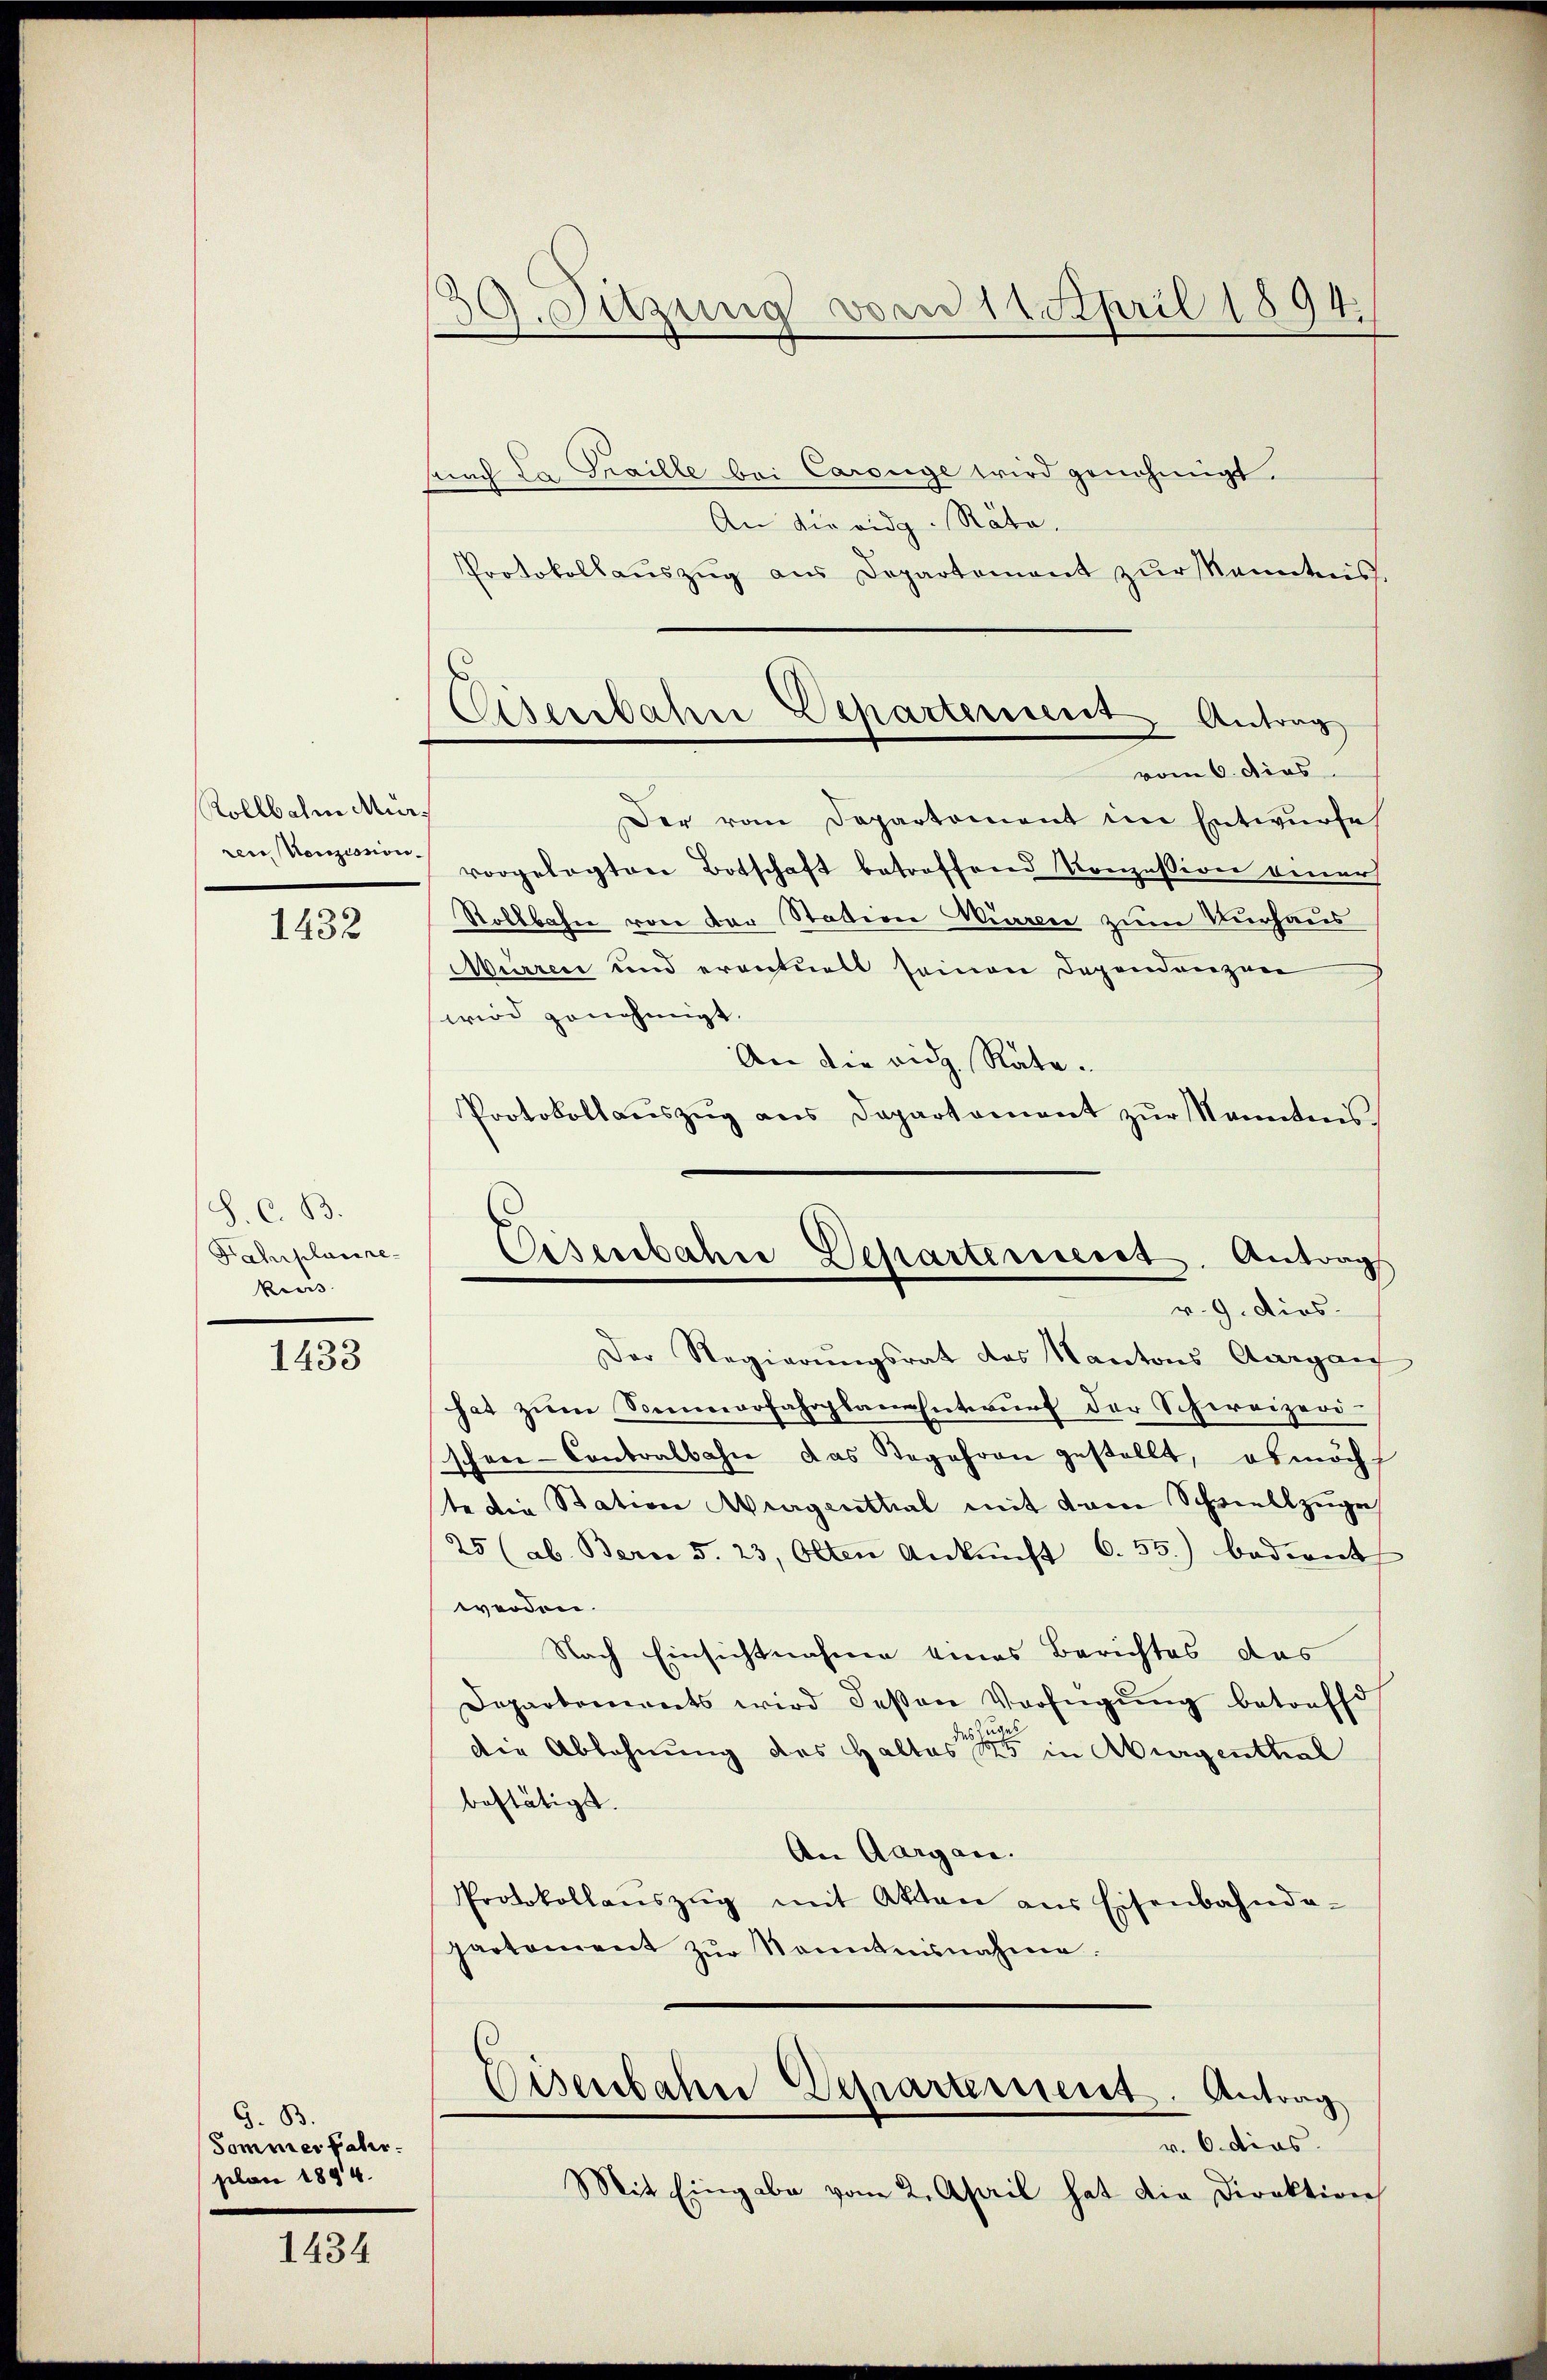
Rollbahn Mur
rene Konzession.

1432

S. C. B.
Fahrplanire
Mus

1434

1433

G. 83.
Sommer fahr.
plan 1894.

39. Sitzung von 14. April 1894.

Eisenbahn Departement Antrag

fand da Thaille bei Carouge wird genehmigt.
An die eidg. Rata.
Protokollauszug aus Departement zŭr Kenntnis.
vom 6. dies
Der vom Departement im Entwurfe
vorgelegten Botschaft betroffend Konzession einer
Rollbahn von der Station Würzen zum Vurhaus
Murren und eventuelt seinen Dependenzen
wird genehmigt.
An die rich, Rate.
Protokollauszug aus Departament zur kanntnis
Eisenbahre Departement. Antrag
v. 9. dies
Der Regierungsrat des Kantons Aargau
hat zŭm Serrfahrplan-Entwurf der Schweizeri-
schen-Contralbahn das Begehren gestellt, ob möcht
te die Station Aergenthal mit vom Schwellzuge
25 (ab. Bern 5. 23, Olten Ankunft 6.55) bedient
werden.
Nach Einsichtnahme eines Berichtes das
Departements wird deßen Verfügŭng betreffd
des Zuges
die Ablehnung des Haltes 15 in Aburgenthal
bestätigt.
An Aargau.
Protokollaŭszŭg mit Akten aus Eisenbahnda-
partement zŭr Kenntnisnahme.

Eisenbahn Departement. Antrag

v. 6. dies
Mit Eingabe vom 2. April hat die Direktion